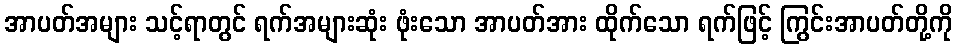
အာပတ်အများ သင့်ရာတွင် ရက်အများဆုံး ဖုံးသော အာပတ်အား ထိုက်သော ရက်ဖြင့် ကြွင်းအာပတ်တို့ကို